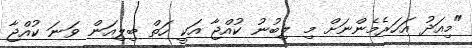
"މިއަދު އަހަރެމެންނަށް މި ލިބުނު ކުއްޖާ އަކީ ހަތް ބިލިއަން ވަނަ ކުއްޖާ